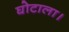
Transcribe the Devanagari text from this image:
घोटाला।